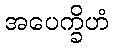
အပေက္ခိဟံ